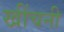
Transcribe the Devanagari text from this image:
खींचनी